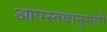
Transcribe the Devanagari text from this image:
आपस्तबानुसारी